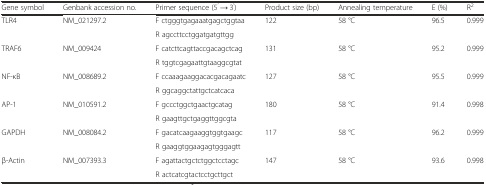
| Gene symbol | Genbank accession no. | Primer sequence (5’ → 3’) | Product size (bp) | Annealing temperature | E (%) | R2 |
 | --- | --- | --- | --- | --- | --- | --- |
 | <ROWSPAN=2> TLR4 | <ROWSPAN=2> NM_021297.2 | F ctgggtgagaaatgagctggtaa | <ROWSPAN=2> 122 | <ROWSPAN=2> 58 °C | <ROWSPAN=2> 96.5 | <ROWSPAN=2> 0.999 |
 | R agccttcctggatgatgttgg |
 | <ROWSPAN=2> TRAF6 | <ROWSPAN=2> NM_009424 | F catcttcagttaccgacagctcag | <ROWSPAN=2> 131 | <ROWSPAN=2> 58 °C | <ROWSPAN=2> 95.2 | <ROWSPAN=2> 0.999 |
 | R tggtcgagaattgtaaggcgtat |
 | <ROWSPAN=2> NF-κB | <ROWSPAN=2> NM_008689.2 | F ccaaagaaggacacgacagaatc | <ROWSPAN=2> 127 | <ROWSPAN=2> 58 °C | <ROWSPAN=2> 95.5 | <ROWSPAN=2> 0.999 |
 | R ggcaggctattgctcatcaca |
 | <ROWSPAN=2> AP-1 | <ROWSPAN=2> NM_010591.2 | F gccctggctgaactgcatag | <ROWSPAN=2> 180 | <ROWSPAN=2> 58 °C | <ROWSPAN=2> 91.4 | <ROWSPAN=2> 0.998 |
 | R gaagttgctgaggttggcgta |
 | <ROWSPAN=2> GAPDH | <ROWSPAN=2> NM_008084.2 | F gacatcaagaaggtggtgaagc | <ROWSPAN=2> 117 | <ROWSPAN=2> 58 °C | <ROWSPAN=2> 96.2 | <ROWSPAN=2> 0.999 |
 | R gaaggtggaagagtgggagtt |
 | <ROWSPAN=2> β-Actin | <ROWSPAN=2> NM_007393.3 | F agattactgctctggctcctagc | <ROWSPAN=2> 147 | <ROWSPAN=2> 58 °C | <ROWSPAN=2> 93.6 | <ROWSPAN=2> 0.998 |
 | R actcatcgtactcctgcttgct |